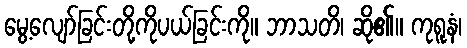
မွေ့လျော်ခြင်းတို့ကိုပယ်ခြင်းကို။ ဘာသတိ၊ ဆို၏။ ကုရူနံ၊